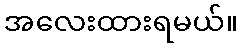
အလေးထားရမယ်။